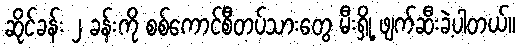
ဆိုင်ခန်း ၂ ခန်းကို စစ်ကောင်စီတပ်သားတွေ မီးရှို့ ဖျက်ဆီးခဲ့ပါတယ်။